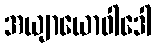
အယျာယောဝါဒေါ